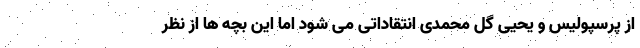
از پرسپولیس و یحیی گل محمدی انتقاداتی می شود اما این بچه ها از نظر